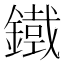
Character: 𮢾